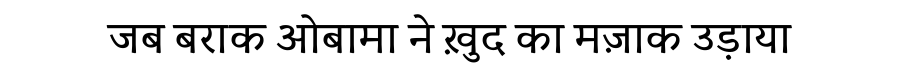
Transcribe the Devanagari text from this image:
जब बराक ओबामा ने ख़ुद का मज़ाक उड़ाया